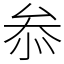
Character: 𠫵